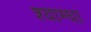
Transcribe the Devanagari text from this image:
श्याम्घा